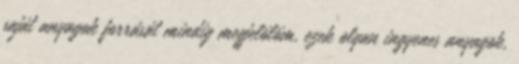
saját anyagok forrását mindig megjelölöm, ezek olyan ingyenes anyagok,